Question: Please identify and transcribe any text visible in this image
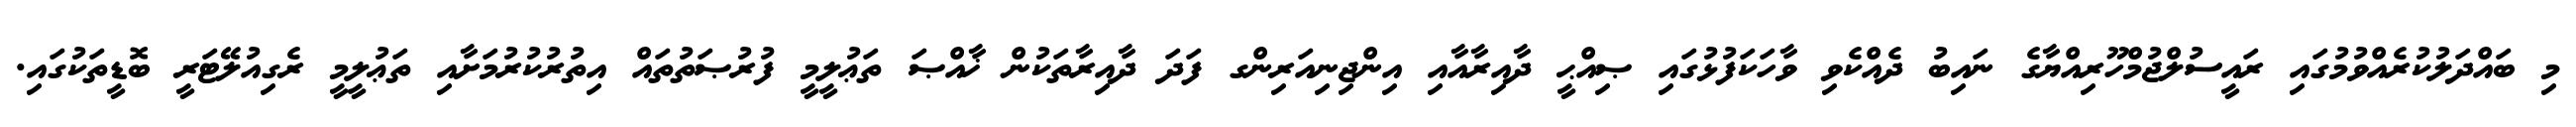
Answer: މި ބައްދަލުކުރެއްވުމުގައި ރައީސުލްޖުމްހޫރިއްޔާގެ ނައިބު ދެއްކެވި ވާހަކަފުޅުގައި ޞިއްޙީ ދާއިރާއާއި އިންޖިނިއަރިންގ ފަދަ ދާއިރާތަކުން ޚާއްޞަ ތަޢުލީމީ ފުރުޞަތުތައް އިތުރުކުރުމަށާއި ތަޢުލީމީ ރެގިއުލޭޓަރީ ބޮޑީތަކުގައި.